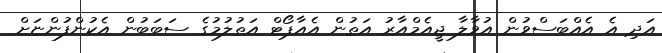
އަދި އެ އެއްބަސްވުން އުވާލާ ޖީއެމްއާރު އަތުން އެއާޕޯޓް އަތުލުމުގެ ސަބަބުން އެކުންފުންޏަށް